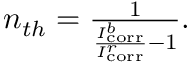
\begin{array} { r } { n _ { t h } = \frac { 1 } { \frac { I _ { \mathrm { c o r r } } ^ { b } } { I _ { \mathrm { c o r r } } ^ { r } } - 1 } . } \end{array}